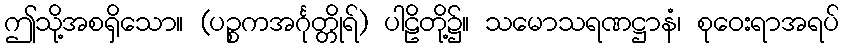
ဤသို့အစရှိသော။ (ပဉ္စကအင်္ဂုတ္တိုရ်) ပါဠိတို့၌။ သမောသရဏဋ္ဌာနံ၊ စုဝေးရာအရပ်